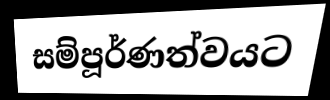
සම්පූර්ණත්වයට